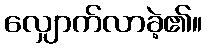
လျှောက်လာခဲ့၏။